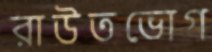
রাউতভোগ